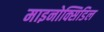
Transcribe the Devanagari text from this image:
माइनोक्सिडिल